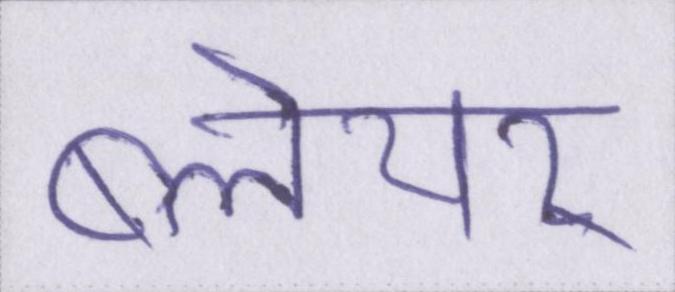
ब्लेयर